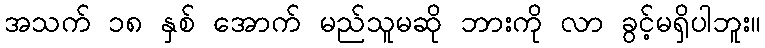
အသက် ၁၈ နှစ် အောက် မည်သူမဆို ဘားကို လာ ခွင့်မရှိပါဘူး။